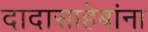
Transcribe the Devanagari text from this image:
दादासाहेबांना